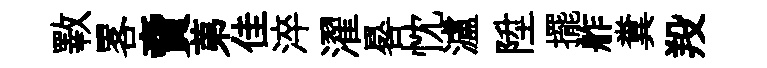
斁畧𧶠苐佳淬濯晷忱瀘陞擺舴糞羖